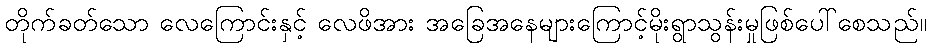
တိုက်ခတ်သော လေကြောင်းနှင့် လေဖိအား အခြေအနေများကြောင့်မိုးရွာသွန်းမှုဖြစ်ပေါ်စေသည်။